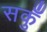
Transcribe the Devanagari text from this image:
सकुँ